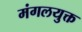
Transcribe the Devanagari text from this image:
मंगलयुक्त